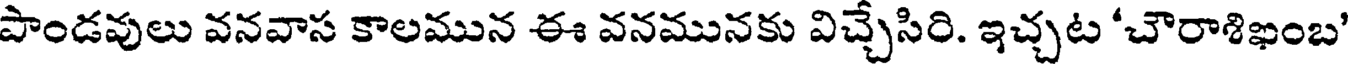
పాండవులు వనవాస కాలమున ఈ వనమునకు విచ్చేసిరి. ఇచ్చట 'చౌరాశిఖంబ